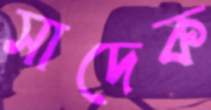
সাদেক